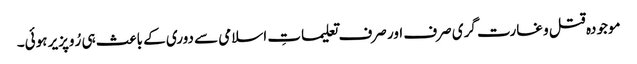
موجودہ قتل و غارت گری صرف اور صرف تعلیماتِ اسلامی سے دوری کے باعث ہی رُوپزیر ہوئی۔